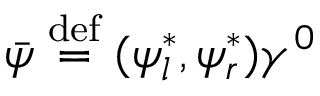
\bar { \psi } \stackrel { \mathrm { d e f } } { = } ( \psi _ { l } ^ { \ast } , \psi _ { r } ^ { \ast } ) \gamma ^ { 0 }